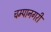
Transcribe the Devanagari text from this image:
चम्पानगरी